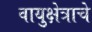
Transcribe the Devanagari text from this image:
वायुक्षेत्राचे